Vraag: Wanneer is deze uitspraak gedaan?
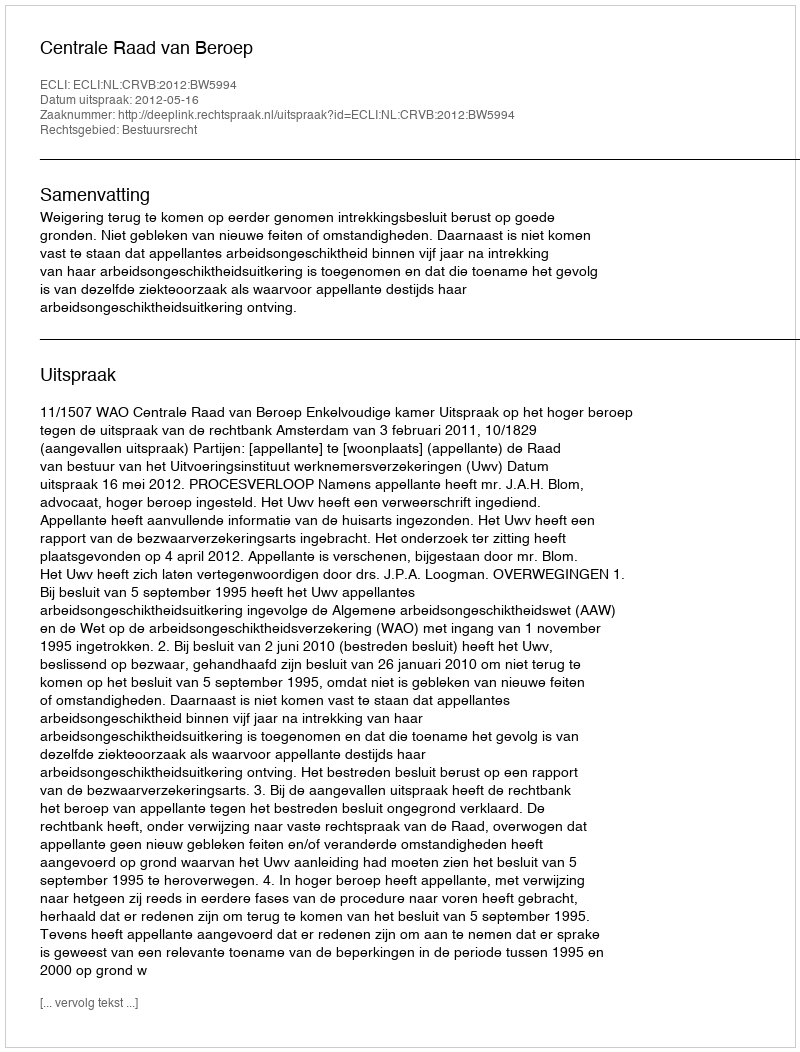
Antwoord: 2012-05-16